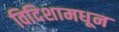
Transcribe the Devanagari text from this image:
विदिशामधून